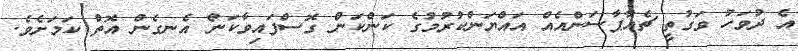
އެ ދުވަހު ވަގުތީ ޗެއާޕާސަންއެއް އައްޔަންކުރުމުގެ ކަންކަން ގޮސްފައިވާކަން އެނގެން އޮތް ކަމަށެވެ.